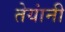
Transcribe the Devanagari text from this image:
तेयांनी